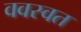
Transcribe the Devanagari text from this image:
ववस्वत